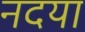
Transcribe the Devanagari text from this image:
नदया